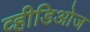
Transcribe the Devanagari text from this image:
व्हीडिओज